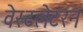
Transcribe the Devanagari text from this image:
वेस्टलेटरन